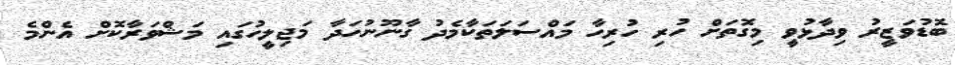
ބޮޑުވަޒީރު ވިދާޅުވީ މިގޮތަށް ހުރި ހުރިހާ މައްސަލަތަކާމެދު ގާނޫނުހަދާ މަޖިލީހުގައި މަޝްވަރާކޮށް އެންމެ